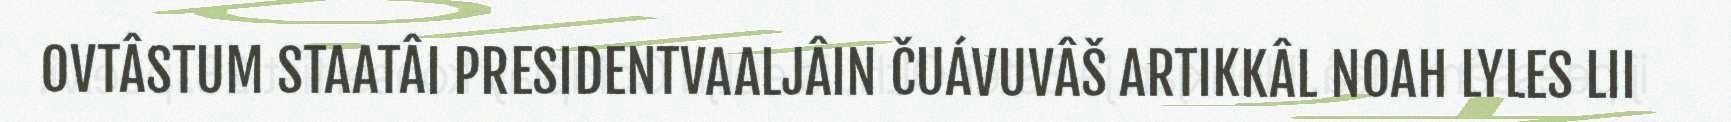
OVTÂSTUM STAATÂI PRESIDENTVAALJÂIN ČUÁVUVÂŠ ARTIKKÂL NOAH LYLES LII